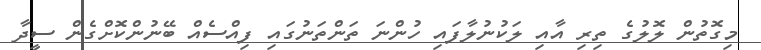
މިގޮތުން ލޮލުގެ ތިރި އާއި ލަކުނުލާފައި ހުންނަ ތަންތަނުގައި ފިއްސެއް ބޭނުންކޮށްގެން ސީދާ